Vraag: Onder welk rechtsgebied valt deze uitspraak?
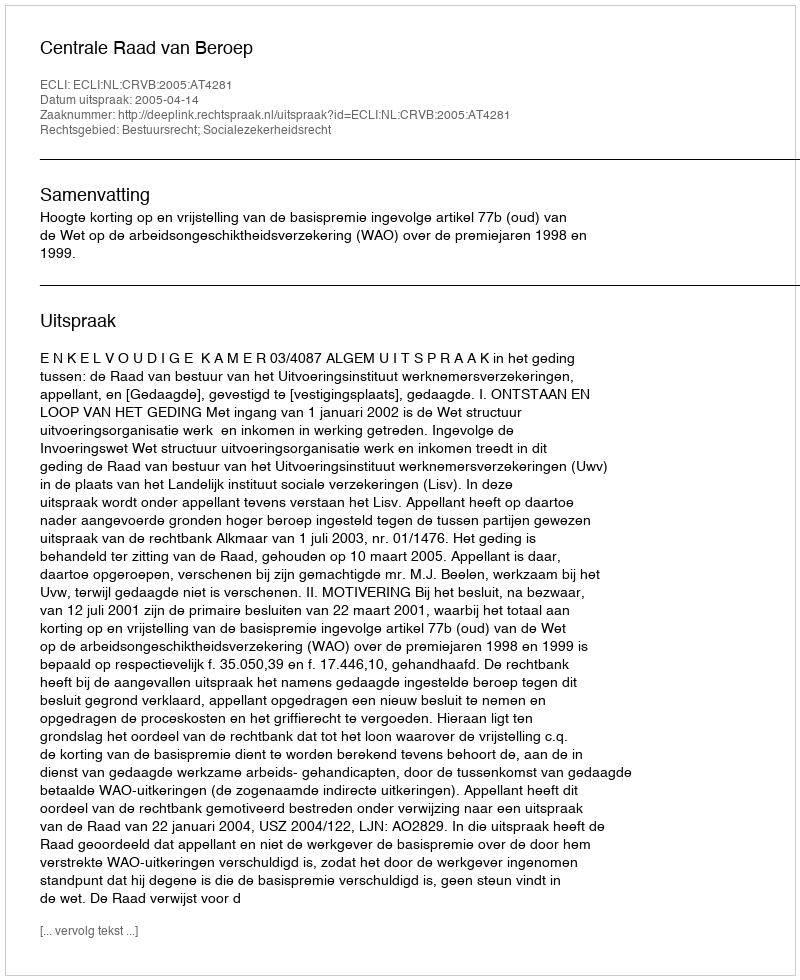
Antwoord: Bestuursrecht; Socialezekerheidsrecht